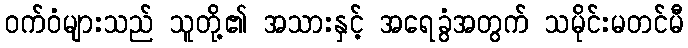
ဝက်ဝံများသည် သူတို့၏ အသားနှင့် အရေခွံအတွက် သမိုင်းမတင်မီ